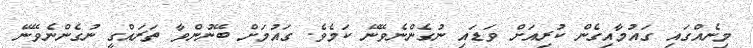
މިނެއްގައި ގައުމާއިގެން ކުރިއަށް ވަޑައި ނުގެންނެވޭނޭ ކަމެވެ. ގައުމަށް ބޭނުންވާ ތަރައްގީ ނުގެންނެވޭނޭ